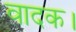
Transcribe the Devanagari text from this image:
वादक।